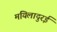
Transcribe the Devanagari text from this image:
मयिलादुरई